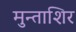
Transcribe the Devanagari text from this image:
मुन्ताशिर